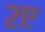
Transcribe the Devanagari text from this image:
२ए